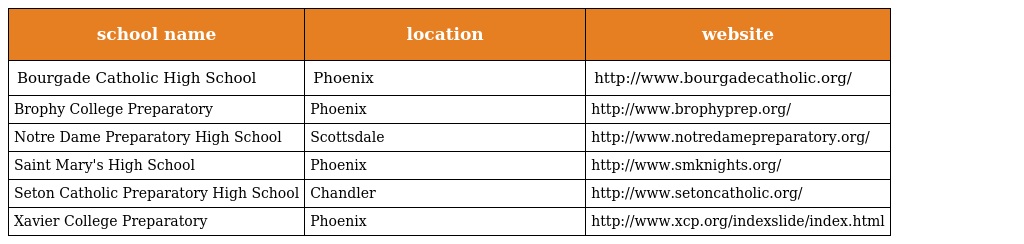
| school name | location | website |
 | --- | --- | --- |
 | Bourgade Catholic High School | Phoenix | http://www.bourgadecatholic.org/ |
 | Brophy College Preparatory | Phoenix | http://www.brophyprep.org/ |
 | Notre Dame Preparatory High School | Scottsdale | http://www.notredamepreparatory.org/ |
 | Saint Mary's High School | Phoenix | http://www.smknights.org/ |
 | Seton Catholic Preparatory High School | Chandler | http://www.setoncatholic.org/ |
 | Xavier College Preparatory | Phoenix | http://www.xcp.org/indexslide/index.html |